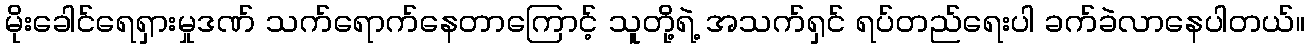
မိုးခေါင်ရေရှားမှုဒဏ် သက်ရောက်နေတာကြောင့် သူတို့ရဲ့ အသက်ရှင် ရပ်တည်ရေးပါ ခက်ခဲလာနေပါတယ်။